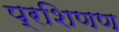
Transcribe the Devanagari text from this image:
प्रशिणण